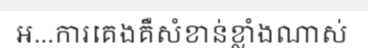
អ...ការគេងគឺសំខាន់ខ្លាំងណាស់